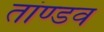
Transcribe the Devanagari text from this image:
तांण्डव